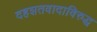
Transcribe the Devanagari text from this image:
दहशतवादाविरुद्ध